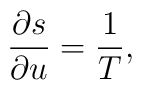
\frac{\partial s}{\partial u}=\frac{1}{T},